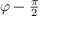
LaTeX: \textstyle \varphi - { \frac { \pi } { 2 } }